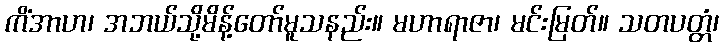
ကိံအာဟ၊ အဘယ်သို့မိန့်တော်မူသနည်း။ မဟာရာဇာ၊ မင်းမြတ်။ သတပတ္တံ၊